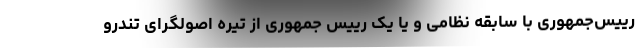
رییس‌جمهوری با سابقه نظامی و یا یک رییس جمهوری از تیره اصولگرای تندرو